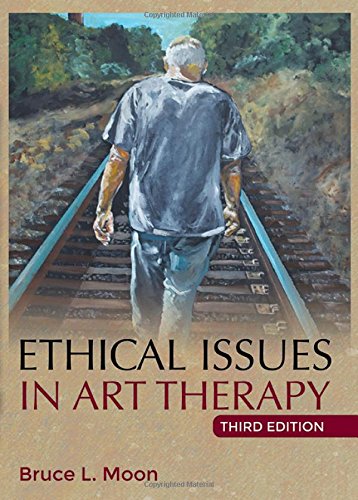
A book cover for Ethical Issues in Art Therapy; Bruce L. Moon; Health, Fitness & Dieting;